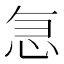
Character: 𭜣